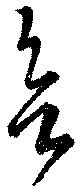
欲